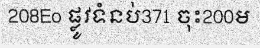
208Eo ផ្លូវទំនប់371 ចុះ200ម